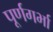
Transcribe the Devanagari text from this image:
पूर्णगर्भा